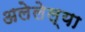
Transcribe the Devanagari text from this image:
अलेलेल्या